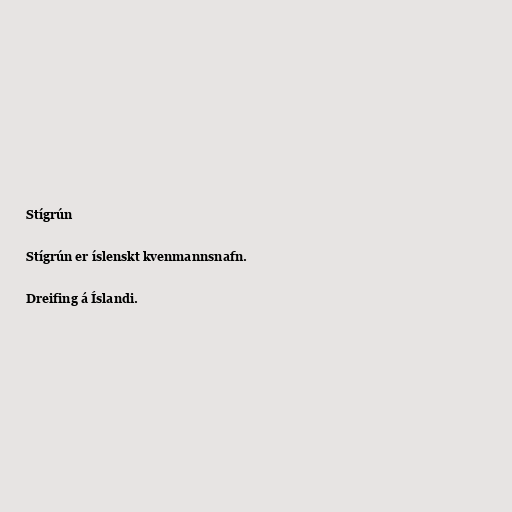
Stígrún

Stígrún er íslenskt kvenmannsnafn.

Dreifing á Íslandi.